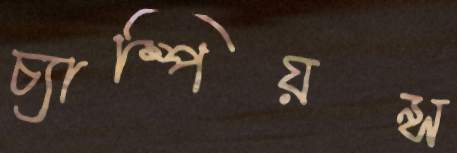
চ্যাম্পিয়ন্স